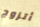
أتزوج